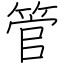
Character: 管